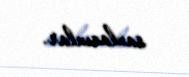
saxlasınlar.